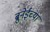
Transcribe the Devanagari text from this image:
ब्रुनेईच्या